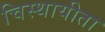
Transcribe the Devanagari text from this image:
चिस्थायीता